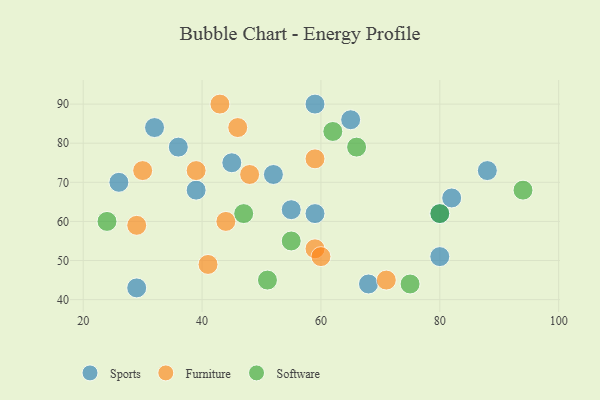
{"axis": {"x": "GDP", "y": "Life Expectancy"}, "legend": ["Furniture", "Software", "Sports"], "data": [{"x": "52", "y": 72, "type": "Sports"}, {"x": "45", "y": 75, "type": "Sports"}, {"x": "65", "y": 86, "type": "Sports"}, {"x": "59", "y": 62, "type": "Sports"}, {"x": "26", "y": 70, "type": "Sports"}, {"x": "68", "y": 44, "type": "Sports"}, {"x": "39", "y": 68, "type": "Sports"}, {"x": "82", "y": 66, "type": "Sports"}, {"x": "59", "y": 90, "type": "Sports"}, {"x": "55", "y": 63, "type": "Sports"}, {"x": "80", "y": 62, "type": "Sports"}, {"x": "36", "y": 79, "type": "Sports"}, {"x": "80", "y": 51, "type": "Sports"}, {"x": "88", "y": 73, "type": "Sports"}, {"x": "32", "y": 84, "type": "Sports"}, {"x": "29", "y": 43, "type": "Sports"}, {"x": "30", "y": 73, "type": "Furniture"}, {"x": "43", "y": 90, "type": "Furniture"}, {"x": "39", "y": 73, "type": "Furniture"}, {"x": "59", "y": 76, "type": "Furniture"}, {"x": "48", "y": 72, "type": "Furniture"}, {"x": "44", "y": 60, "type": "Furniture"}, {"x": "41", "y": 49, "type": "Furniture"}, {"x": "29", "y": 59, "type": "Furniture"}, {"x": "59", "y": 53, "type": "Furniture"}, {"x": "46", "y": 84, "type": "Furniture"}, {"x": "60", "y": 51, "type": "Furniture"}, {"x": "71", "y": 45, "type": "Furniture"}, {"x": "66", "y": 79, "type": "Software"}, {"x": "75", "y": 44, "type": "Software"}, {"x": "47", "y": 62, "type": "Software"}, {"x": "51", "y": 45, "type": "Software"}, {"x": "62", "y": 83, "type": "Software"}, {"x": "24", "y": 60, "type": "Software"}, {"x": "55", "y": 55, "type": "Software"}, {"x": "80", "y": 62, "type": "Software"}, {"x": "94", "y": 68, "type": "Software"}]}